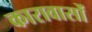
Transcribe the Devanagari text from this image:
कारावासों